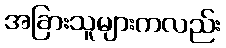
အခြားသူများကလည်း